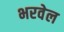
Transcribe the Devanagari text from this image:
भरवेल